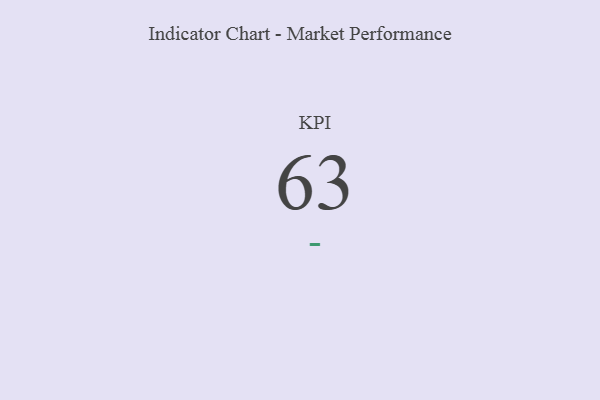
{"axis": {"x": "KPI", "y": "Value"}, "legend": [""], "data": [{"x": "KPI", "y": 63, "type": ""}]}